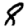
Digit: 8